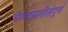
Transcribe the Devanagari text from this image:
घेण्यासाठीसंपूर्ण